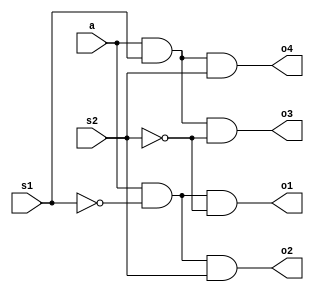
`timescale 1ns / 1ps
//////////////////////////////////////////////////////////////////////////////////
// Company: 
// Engineer: 
// 
// Design Name: 
// Module Name:    S1x4demux 
// Project Name: 
// Target Devices: 
// Tool versions: 
// Description: 
//
// Dependencies: 
//
// Revision: 
// Revision 0.01 - File Created
// Additional Comments: 
//
//////////////////////////////////////////////////////////////////////////////////
module S1x4demux(o1,o2,o3,o4,a,s1,s2
    );
input a,s1,s2;
output o1,o2,o3,o4;
wire o1,o2,o3,o4;
and (o1,a,~s1,~s2);
and (o2,a,~s1,s2);
and (o3,a,s1,~s2);
and (o4,a,s1,s2);
endmodule